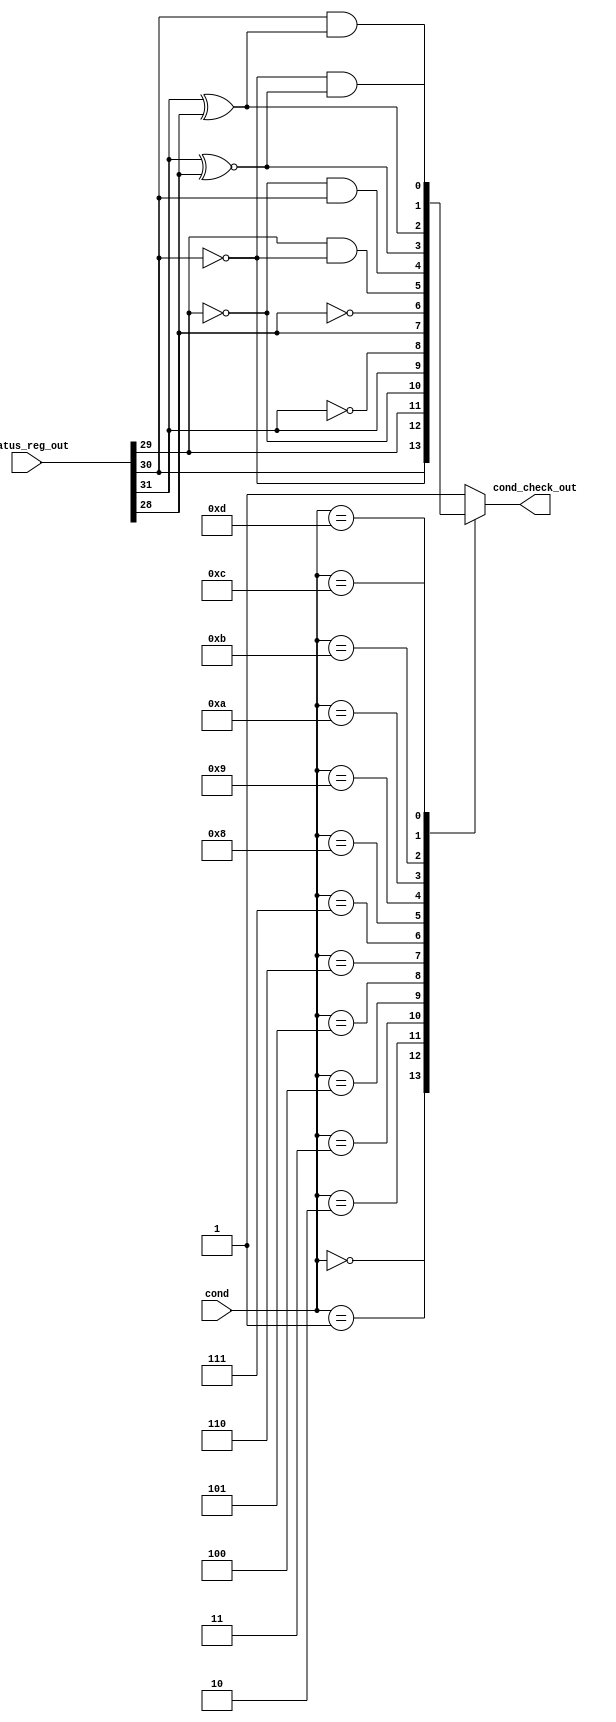
module Condition_Check (
    input [3:0] cond,
    input [31:0] status_reg_out,
    output reg cond_check_out
);
    wire N, Z_, C, V;
    assign N = status_reg_out[31];
    assign Z_ = status_reg_out[30];
    assign C = status_reg_out[29];
    assign V = status_reg_out[28];

    always @(*) begin
        case(cond)
            4'b0000:    cond_check_out = Z_;
            4'b0001 :   cond_check_out = ~Z_;
            4'b0010 :   cond_check_out = C;
            4'b0011 :   cond_check_out = ~C;
            4'b0100 :   cond_check_out = N;
            4'b0101 :   cond_check_out = ~N;
            4'b0110 :   cond_check_out = V;
            4'b0111 :   cond_check_out = ~V;
            4'b1000 :   cond_check_out = C && (~Z_);
            4'b1001 :   cond_check_out = (~C) && Z_;
            4'b1010 :   cond_check_out = (N ~^ V);
            4'b1011 :   cond_check_out = N ^ V;
            4'b1100 :   cond_check_out = ~Z_ && (N ~^ V);
            4'b1101 :   cond_check_out = Z_ && (N ^ V);
            4'b1110 :   cond_check_out = 1'b1;
            default:    cond_check_out = 1'b1;
        endcase
    end

endmodule